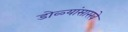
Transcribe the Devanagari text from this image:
डोळ्यांसारखे